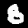
Label: 8